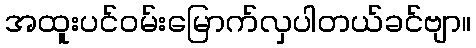
အထူးပင်ဝမ်းမြောက်လှပါတယ်ခင်ဗျာ။